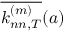
\overline { { k _ { n n , T } ^ { ( m ) } } } ( a )